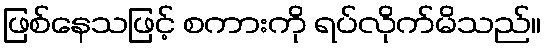
ဖြစ်နေသဖြင့် စကားကို ရပ်လိုက်မိသည်။